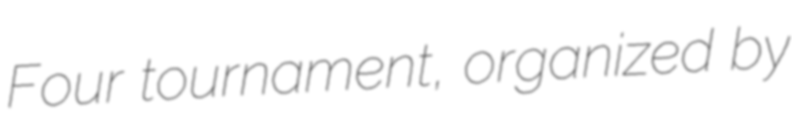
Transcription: Four tournament, organized by